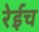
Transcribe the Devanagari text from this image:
रेईच